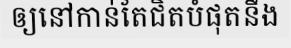
ឲ្យនៅកាន់តែជិតបំផុតនឹង